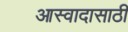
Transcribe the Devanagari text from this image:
आस्वादासाठी